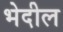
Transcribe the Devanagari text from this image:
भेदील